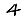
Digit: 4